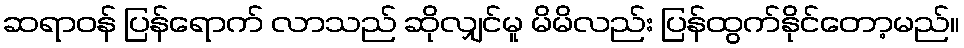
ဆရာဝန် ပြန်ရောက် လာသည် ဆိုလျှင်မူ မိမိလည်း ပြန်ထွက်နိုင်တော့မည်။